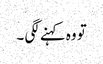
تو وہ کہنے لگی ۔